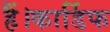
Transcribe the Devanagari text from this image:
हैं।कार्डिफ